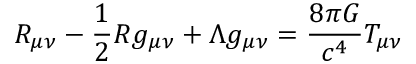
R _ { \mu \nu } - \frac { 1 } { 2 } R g _ { \mu \nu } + \Lambda g _ { \mu \nu } = \frac { 8 \pi G } { c ^ { 4 } } T _ { \mu \nu }